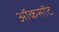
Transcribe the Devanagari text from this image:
ऑकसॉट